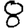
Digit: 8